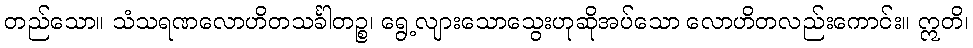
တည်သော။ သံသရဏလောဟိတသင်္ခါတဉ္စ၊ ရွေ့လျားသောသွေးဟုဆိုအပ်သော လောဟိတလည်းကောင်း။ ဣတိ၊